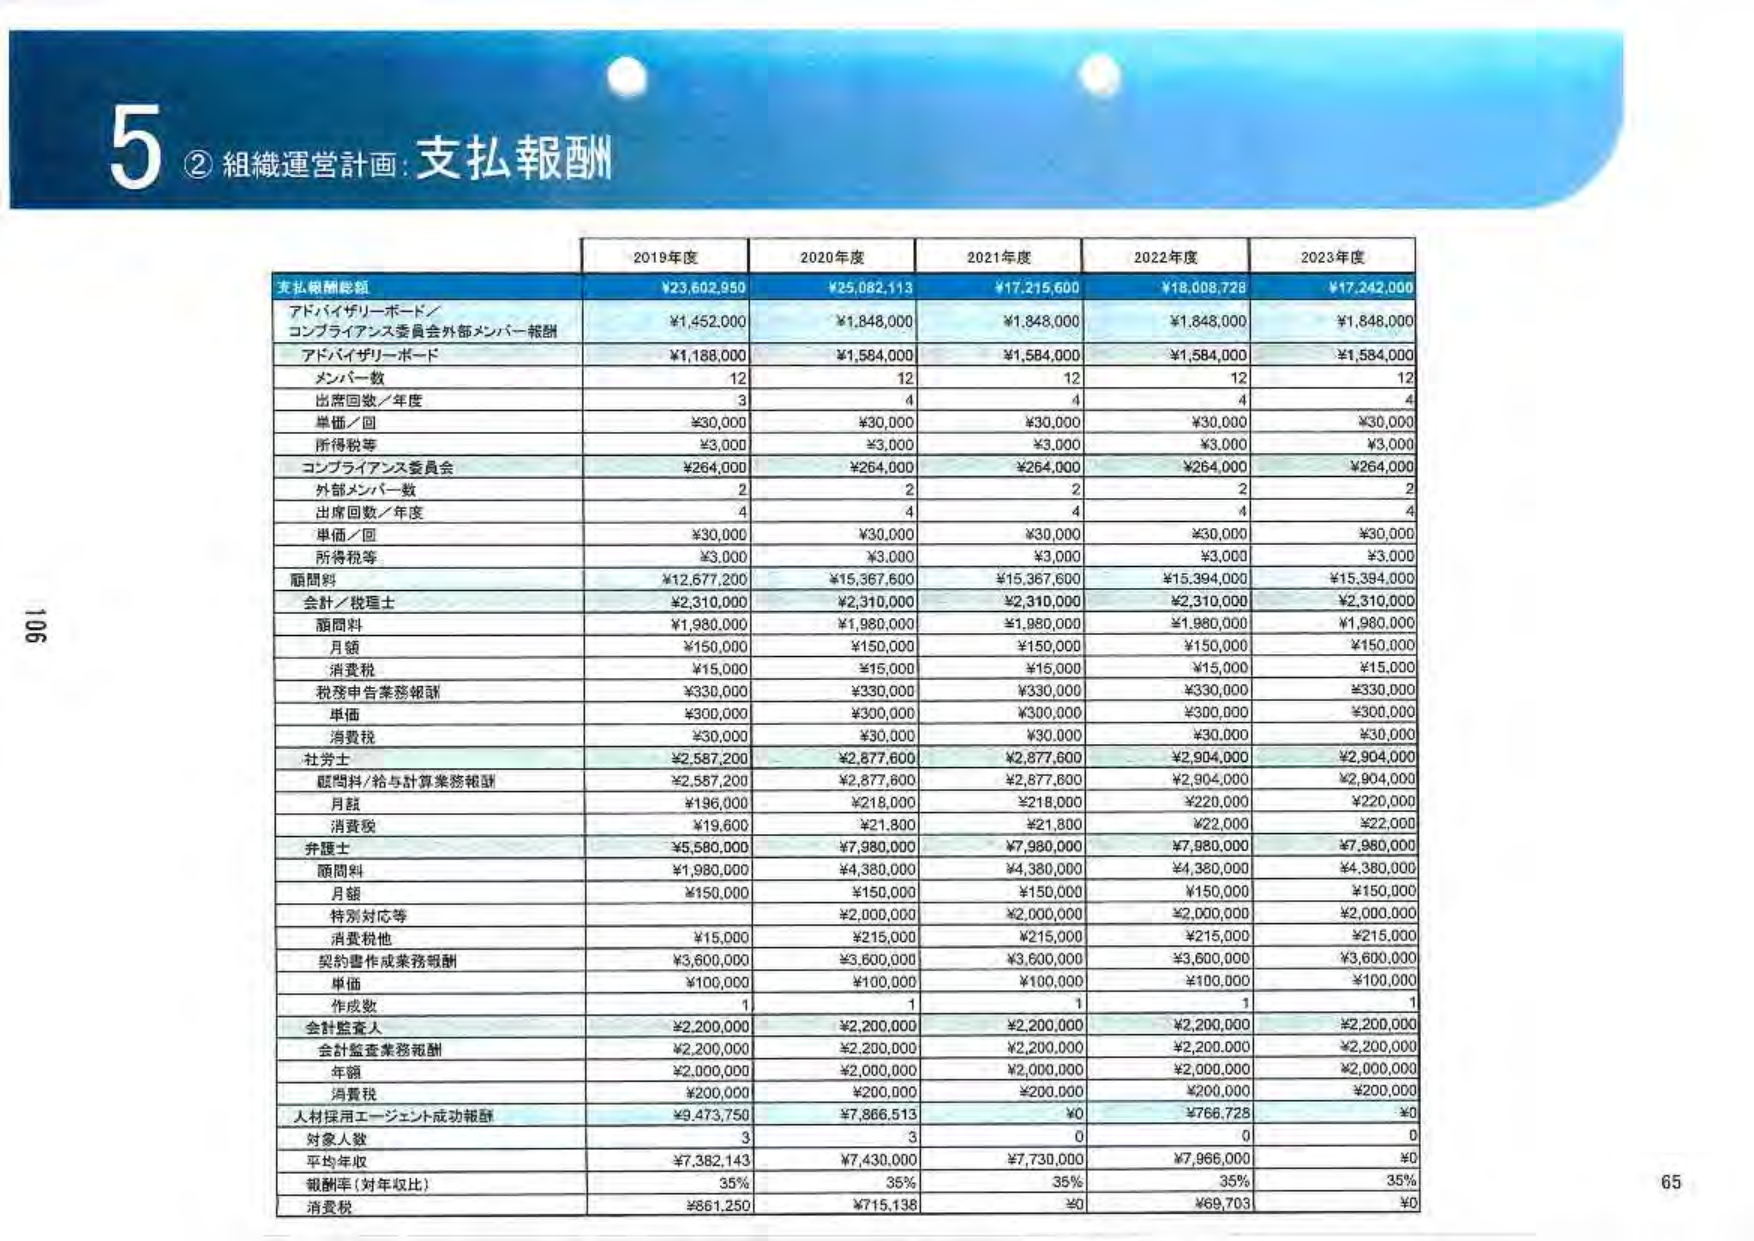
5 ② 組織運営計画：支払報酬

2019年度 2020年度 2021年度 2022年度 2023年度

支払報酬総額 ¥23,602,950 ¥25,082,113 ¥17,215,600 ¥18,008,728 ¥17,242,000

アドバイザリーボード／コンプライアンス委員会外部メンバー報酬 ¥1,452,000 ¥1,848,000 ¥1,848,000 ¥1,848,000 ¥1,848,000

アドバイザリーボード ¥1,188,000 ¥1,584,000 ¥1,584,000 ¥1,584,000 ¥1,584,000

メンバー数 12 12 12 12 12

出席回数／年度 3 4 4 4 4

単価／回 ¥30,000 ¥30,000 ¥30,000 ¥30,000 ¥30,000

所得税等 ¥3,000 ¥3,000 ¥3,000 ¥3,000 ¥3,000

コンプライアンス委員会 ¥264,000 ¥264,000 ¥264,000 ¥264,000 ¥264,000

外部メンバー数 2 2 2 2 2

出席回数／年度 4 4 4 4 4

単価／回 ¥30,000 ¥30,000 ¥30,000 ¥30,000 ¥30,000

所得税等 ¥3,000 ¥3,000 ¥3,000 ¥3,000 ¥3,000

顧問料 ¥12,677,200 ¥15,367,600 ¥15,367,600 ¥15,394,000 ¥15,394,000

会計／税理士 ¥2,310,000 ¥2,310,000 ¥2,310,000 ¥2,310,000 ¥2,310,000

顧問料 ¥1,980,000 ¥1,980,000 ¥1,980,000 ¥1,980,000 ¥1,980,000

月額 ¥150,000 ¥150,000 ¥150,000 ¥150,000 ¥150,000

消費税 ¥15,000 ¥15,000 ¥15,000 ¥15,000 ¥15,000

税務申告業務報酬 ¥330,000 ¥330,000 ¥330,000 ¥330,000 ¥330,000

単価 ¥300,000 ¥300,000 ¥300,000 ¥300,000 ¥300,000

消費税 ¥30,000 ¥30,000 ¥30,000 ¥30,000 ¥30,000

社労士 ¥2,587,200 ¥2,877,600 ¥2,877,600 ¥2,904,000 ¥2,904,000

顧問料/給与計算業務報酬 ¥2,587,200 ¥2,877,600 ¥2,877,600 ¥2,904,000 ¥2,904,000

月額 ¥196,000 ¥218,000 ¥218,000 ¥220,000 ¥220,000

消費税 ¥19,600 ¥21,800 ¥21,800 ¥22,000 ¥22,000

弁護士 ¥5,580,000 ¥7,980,000 ¥7,980,000 ¥7,980,000 ¥7,980,000

顧問料 ¥1,980,000 ¥4,380,000 ¥4,380,000 ¥4,380,000 ¥4,380,000

月額 ¥150,000 ¥150,000 ¥150,000 ¥150,000 ¥150,000

特別対応等 ¥2,000,000 ¥2,000,000 ¥2,000,000 ¥2,000,000 ¥2,000,000

消費税他 ¥15,000 ¥215,000 ¥215,000 ¥215,000 ¥215,000

契約書作成業務報酬 ¥3,600,000 ¥3,600,000 ¥3,600,000 ¥3,600,000 ¥3,600,000

単価 ¥100,000 ¥100,000 ¥100,000 ¥100,000 ¥100,000

作成数 1 1 1 1 1

会計監査人 ¥2,200,000 ¥2,200,000 ¥2,200,000 ¥2,200,000 ¥2,200,000

会計監査業務報酬 ¥2,200,000 ¥2,200,000 ¥2,200,000 ¥2,200,000 ¥2,200,000

年額 ¥2,000,000 ¥2,000,000 ¥2,000,000 ¥2,000,000 ¥2,000,000

消費税 ¥200,000 ¥200,000 ¥200,000 ¥200,000 ¥200,000

人材採用エージェント成功報酬 ¥9,473,750 ¥7,866,513 ¥0 ¥766,728 ¥0

対象人数 3 3 0 0 0

平均年収 ¥7,382,143 ¥7,430,000 ¥7,730,000 ¥7,966,000 ¥0

報酬率（対年収比） 35% 35% 35% 35% 35%

消費税 ¥861,250 ¥715,138 ¥0 ¥69,703 ¥0

106
65